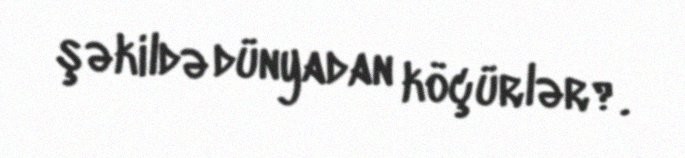
şəkildə dünyadan köçürlər?.